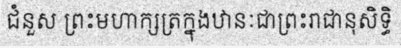
ជំនួស ព្រះមហាក្សត្រក្នុងឋានៈជាព្រះរាជានុសិទ្ធិ